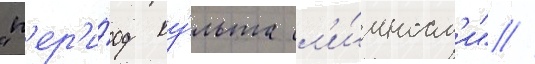
"п'ер'и́од ку́льта л'и́чност'и" //